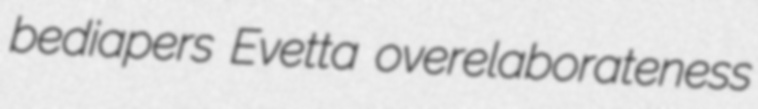
bediapers Evetta overelaborateness